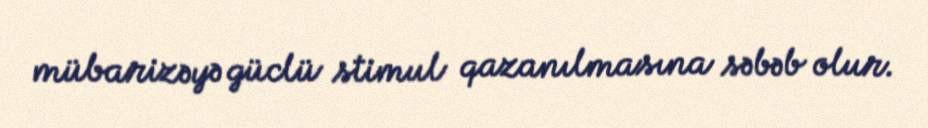
mübarizəyə güclü stimul qazanılmasına səbəb olur.